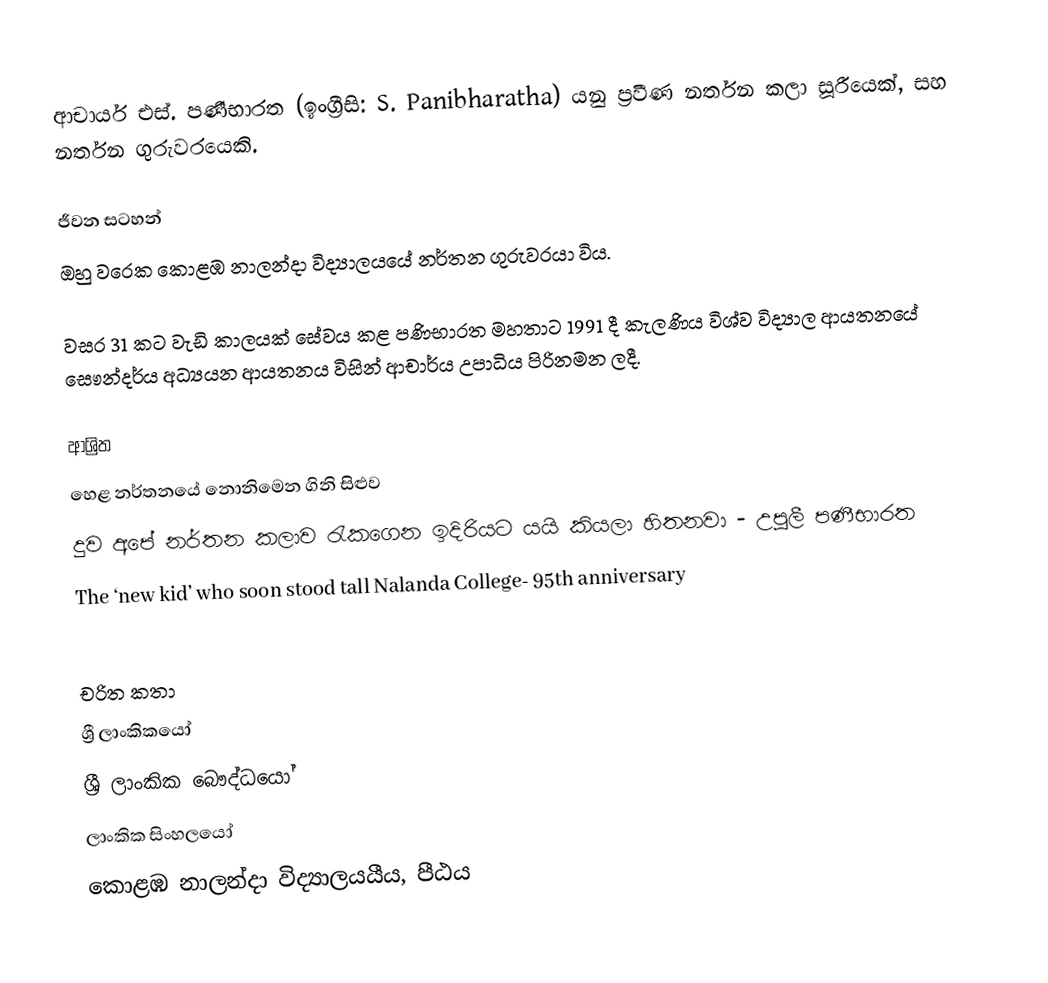
ආචාර්ය එස්. පණීභාරත (ඉංග්‍රීසි: S. Panibharatha) යනු ප්‍රවීණ නර්තන කලා සූරීයෙක්, සහ නර්තන ගුරුවරයෙකි.

ජීවන සටහන්
ඔහු වරෙක කොළඹ නාලන්දා විද්‍යාලයයේ නර්තන ගුරුවරයා  විය.

වසර 31 කට වැඩි කාලයක් සේවය කළ පණිභාරත මහතාට 1991 දී කැලණිය විශ්ව විද්‍යාල ආයතනයේ සෞන්දර්ය අධ්‍යයන ආයතනය විසින් ආචාර්ය උපාධිය පිරිනමන ලදී.

ආශ්‍රිත
 හෙළ නර්තනයේ නොනිමෙන ගිනි සිළුව
 දුව අපේ නර්තන කලාව රැකගෙන ඉදිරියට යයි කියලා හිතනවා - උපුලී පණීභාරත
 The ‘new kid’ who soon stood tall Nalanda College- 95th anniversary

චරිත කතා
ශ්‍රී ලාංකිකයෝ
ශ්‍රී ලාංකික බෞද්ධයෝ
ලාංකික සිංහලයෝ
කොළඹ නාලන්දා විද්‍යාලයයීය, පීඨය